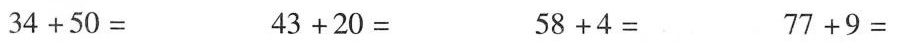
$$3 4 + 5 0 =$$ $$4 3 + 2 0 =$$ $$5 8 + 4 =$$ $$7 7 + 9 =$$